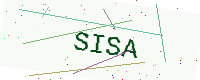
Text: SISA